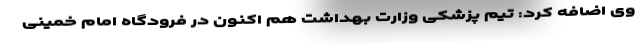
وی اضافه کرد: تیم پزشکی وزارت بهداشت هم اکنون در فرودگاه امام خمینی